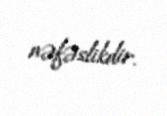
nəfəslikdir.